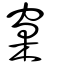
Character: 窠